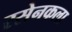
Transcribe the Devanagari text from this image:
रसेनकला